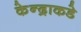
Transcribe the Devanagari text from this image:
केन्द्राकडे